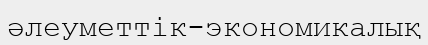
әлеуметтік-экономикалық